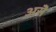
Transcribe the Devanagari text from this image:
असॆे